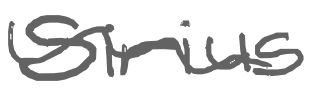
Text: Sirius
Cross-out: wave
Writing tool: digital_gray